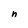
Character: n